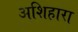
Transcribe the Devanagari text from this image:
अशिहारा